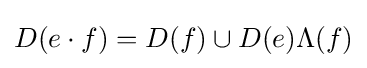
D(e\cdot f)=D(f)\cup D(e)\Lambda (f)